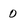
Character: 0